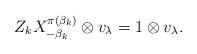
LaTeX: \begin{align*} Z_k X_{-\beta_k}^{\pi(\beta_k)}\otimes v_\lambda=1\otimes v_\lambda. \end{align*}